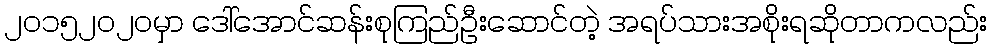
၂၀၁၅၂၀၂၀မှာ ဒေါ်အောင်ဆန်းစုကြည်ဦးဆောင်တဲ့ အရပ်သားအစိုးရဆိုတာကလည်း